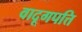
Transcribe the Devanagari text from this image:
वादूगपत्ति